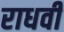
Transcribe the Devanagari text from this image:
राधवी